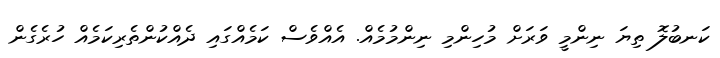
ކަނބުލޮ ތިޔަ ނިންމީ ވަރަށް މުހިންމި ނިންމުމެއް. އެއްވެސް ކަމެއްގައި ދެއްކުންތެރިކަމެއް ހުރެގެން